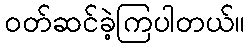
ဝတ်ဆင်ခဲ့ကြပါတယ်။